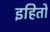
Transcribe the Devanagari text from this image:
इहितो